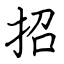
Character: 招